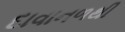
દાવાનળથી